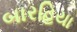
બારહિયા